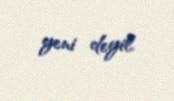
yeni deyil.